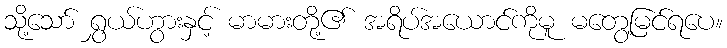
သို့သော် ရွှယ်ဟွားနှင့် မာမားတို့၏ အရိပ်အယောင်ကိုမူ မတွေ့မြင်ရပေ။